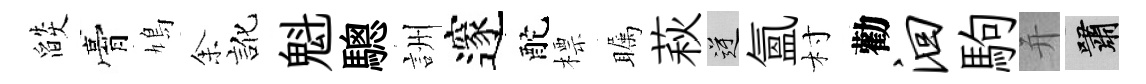
燄膏鳩𪜬訛魁驄詶邃酡標瞩萩逆氳村勸洄駒并嘯